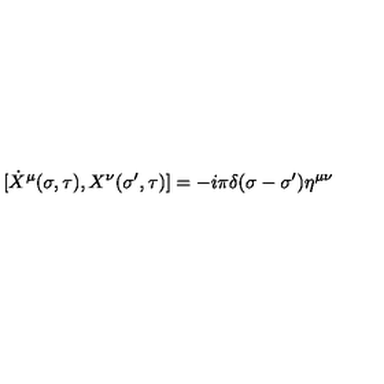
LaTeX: [ \dot { X } ^ { \mu } ( \sigma , \tau ) , X ^ { \nu } ( \sigma ^ { \prime } , \tau ) ] = - i \pi \delta ( \sigma - \sigma ^ { \prime } ) \eta ^ { \mu \nu }